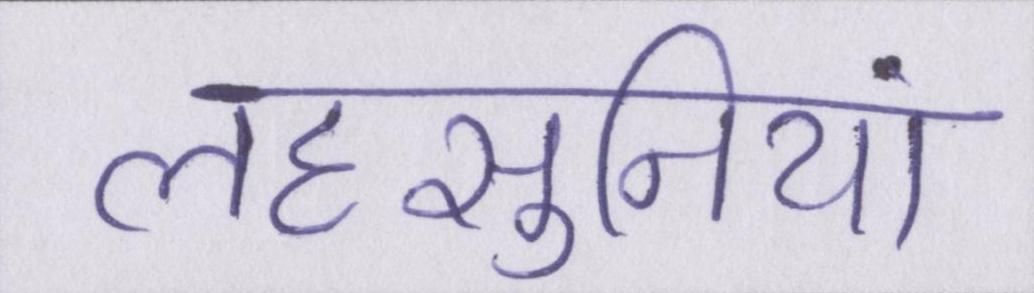
लहसुनियां